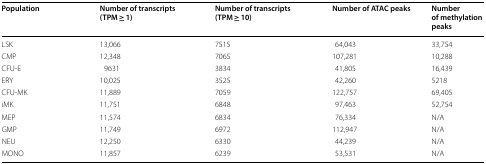
| Population | Number of transcripts (TPM ≥ 1) | Number of transcripts (TPM ≥ 10) | Number of ATAC peaks | Number of methylation peaks |
 | --- | --- | --- | --- | --- |
 | LSK | 13,066 | 7515 | 64,043 | 33,754 |
 | CMP | 12,348 | 7065 | 107,281 | 10,288 |
 | CFU-E | 9631 | 3834 | 41,805 | 16,439 |
 | ERY | 10,025 | 3525 | 42,260 | 5218 |
 | CFU-MK | 11,889 | 7059 | 122,757 | 69,405 |
 | iMK | 11,751 | 6848 | 97,463 | 52,754 |
 | MEP | 11,574 | 6834 | 76,334 | N/A |
 | GMP | 11,749 | 6972 | 112,947 | N/A |
 | NEU | 12,250 | 6330 | 44,239 | N/A |
 | MONO | 11,857 | 6239 | 53,531 | N/A |